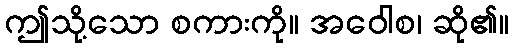
ဤသို့သော စကားကို။ အဝေါစ၊ ဆို၏။